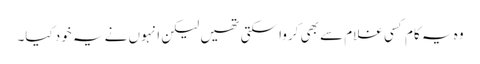
وہ یہ کام کسی غلام سے بھی کروا سکتی تھیں لیکن انہوں نے یہ خود کیا۔